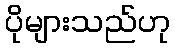
ပိုများသည်ဟု